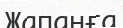
Жапанға